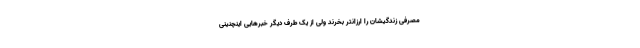
مصرفی زندگیشان را ارزانتر بخرند ولی از یک طرف دیگر خبرهایی اینچنینی